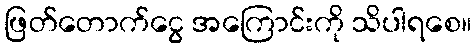
ဖြတ်တောက်ငွေ အကြောင်းကို သိပါရစေ။